Annual report on the health of the army in India
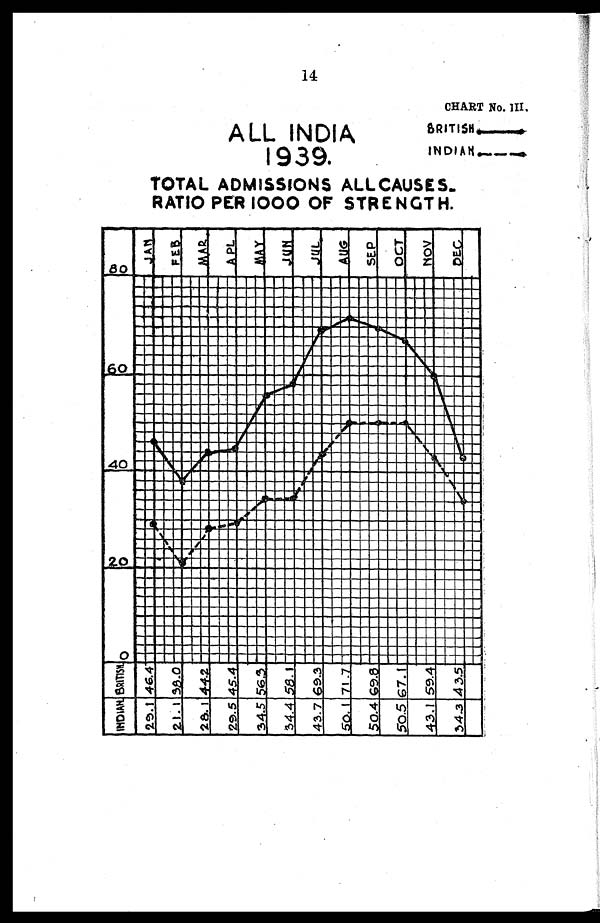
ALL INDIA
1939.
CHART No. III,B R I T I S H — — — —
I N D I A N — — – – – –
14
TOTAL ADMISSIONS ALL CAUSES.
RATIO PER 1000 OF STRENGTH.